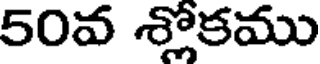
50వ శ్లోకము